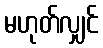
မဟုတ်လျှင်